Martna_vallavalitsus, lk 21
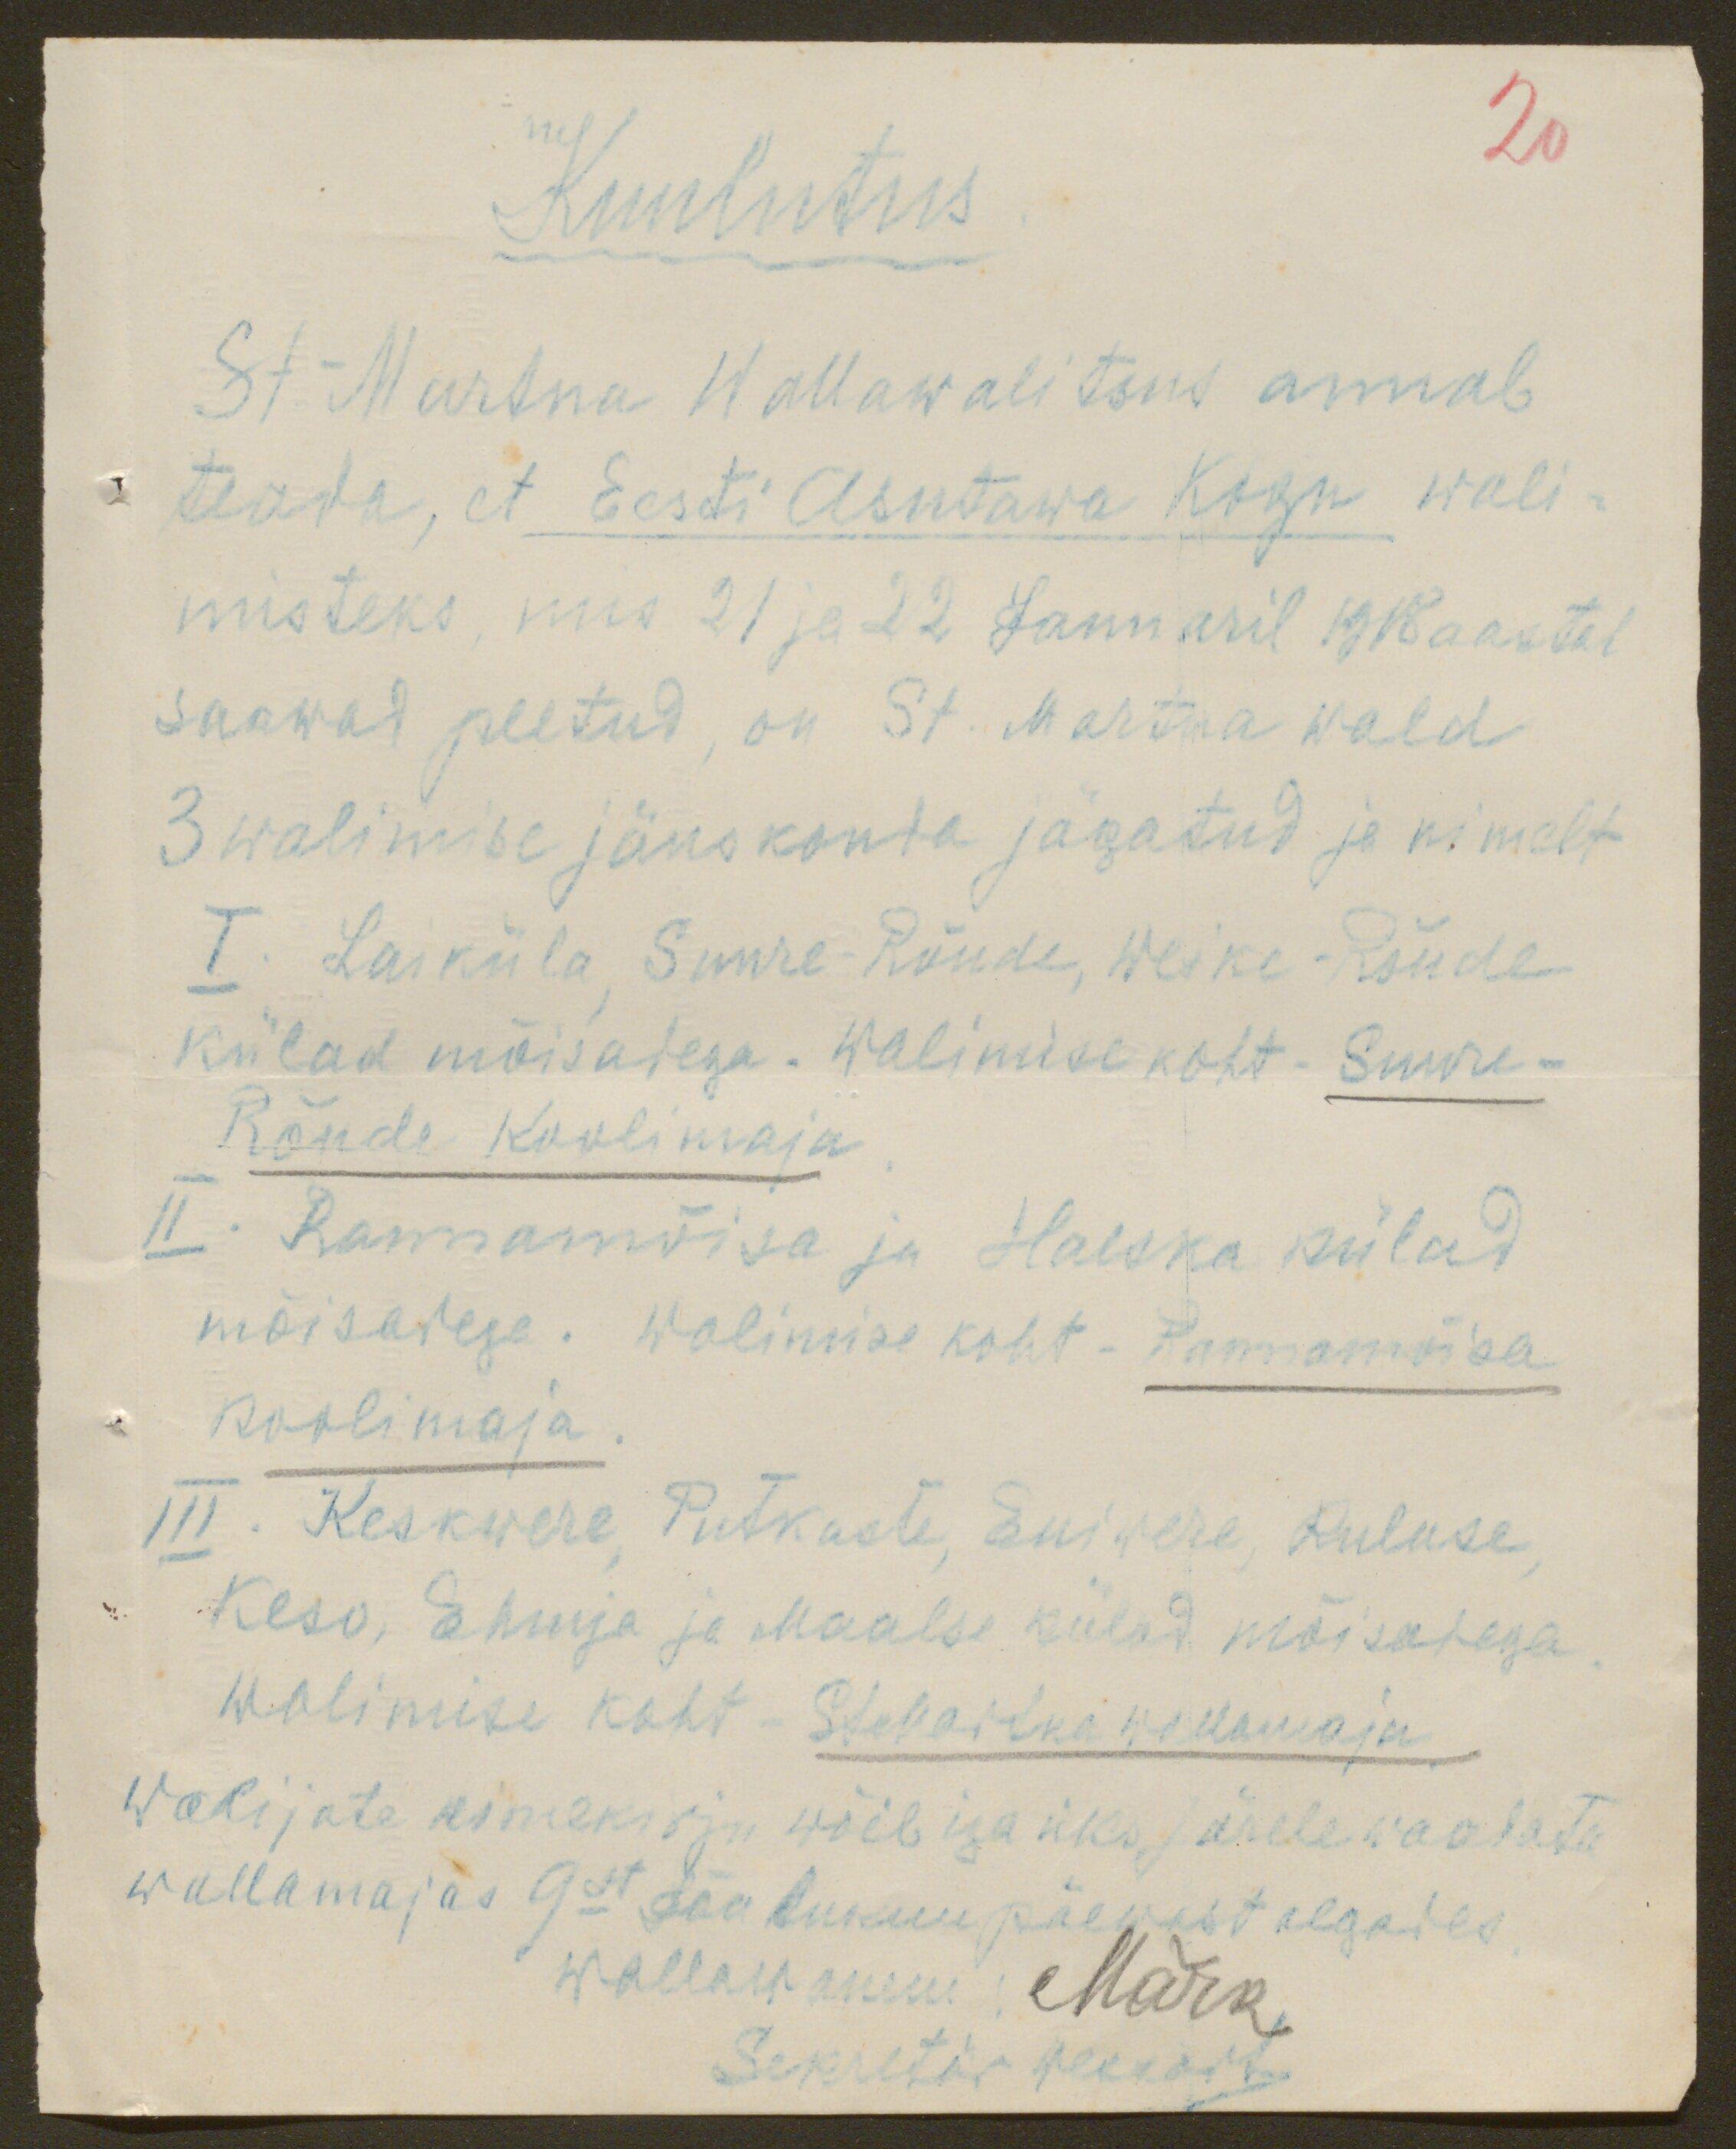
Kuulutus
20
St.-Martna Wallawalitsus annab
teada, et Eesti Asutawa Kogu wali-
misteks, mis 21 ja 22 Januaril 1918 aastal
saawad peetud, on St. Martna wald
3 walimise jäuskonda jägatud ja nimelt
I. Laiküla, Suure-Rõude, Weike-Rõude
külad mõisadega. Walimise koht - Suure-
Rõude Koolimaja
II. Rannamõisa ja Haeska külad
mõisadega. Walimise koht - Rannamõisa
koolimaja
III. Keskwere, Putkaste, Eniwere, Ruluse,
Keso, Ehmja ja Maalse külad mõisadega
walimise koht - StMartna wallamaja
Walijate nimekirju wõib iga üks järele waadata
wallamajas 9st Jõulukuu päewast algades
wallawanem: Märk
Sekretär peekort